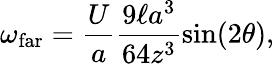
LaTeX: \omega_{\mathrm{far}}=\frac{U}{a}\frac{9\ell a^{3}}{64z^{3}}\sin(2\theta),